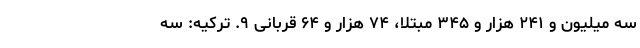
سه میلیون و ۲۴۱ هزار و ۳۴۵ مبتلا، ۷۴ هزار و ۶۴ قربانی ۹. ترکیه: سه